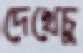
দেখেচু